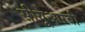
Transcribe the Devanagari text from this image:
सीयूआरबी